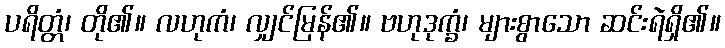
ပရိတ္တံ၊ တို၏။ လဟုကံ၊ လျှင်မြန်၏။ ဗဟုဒုက္ခံ၊ များစွာသော ဆင်းရဲရှိ၏။